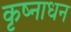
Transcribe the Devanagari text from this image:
कृष्नाधन